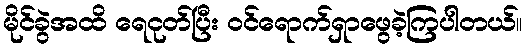
မိုင်ခွဲအထိ ရေငုတ်ပြီး ဝင်ရောက်ရှာဖွေခဲ့ကြပါတယ်။